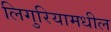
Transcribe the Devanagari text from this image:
लिगुरियामधील